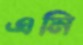
এনি